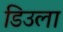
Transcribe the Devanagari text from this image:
डिउला